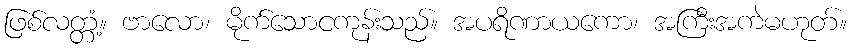
ဖြစ်လတ္တံ့။ ဗာလော၊ မိုက်သောငကုန်းသည်။ အပရိဏာယကော၊ အကြီးအကဲမဟုတ်။